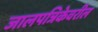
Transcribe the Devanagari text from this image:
जालपत्रिकेवरील